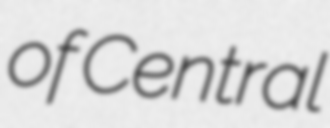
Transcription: of Central